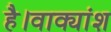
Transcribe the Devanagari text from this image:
है।वाक्यांश